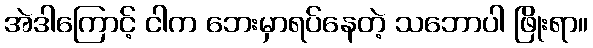
အဲဒါကြောင့် ငါက ဘေးမှာရပ်နေတဲ့ သဘောပါ ဖြိုးရာ။